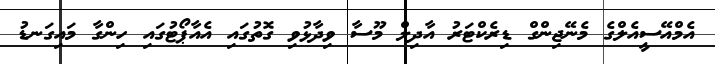
އެމްއޭސީއެލްގެ މެނޭޖިިންގް ޑިރެކްޓަރު އާދިލް މޫސާ ވިދާޅުވި ގޮތުގައި އެއާޕޯޓުގައި ހިންގާ މައިގަނޑު